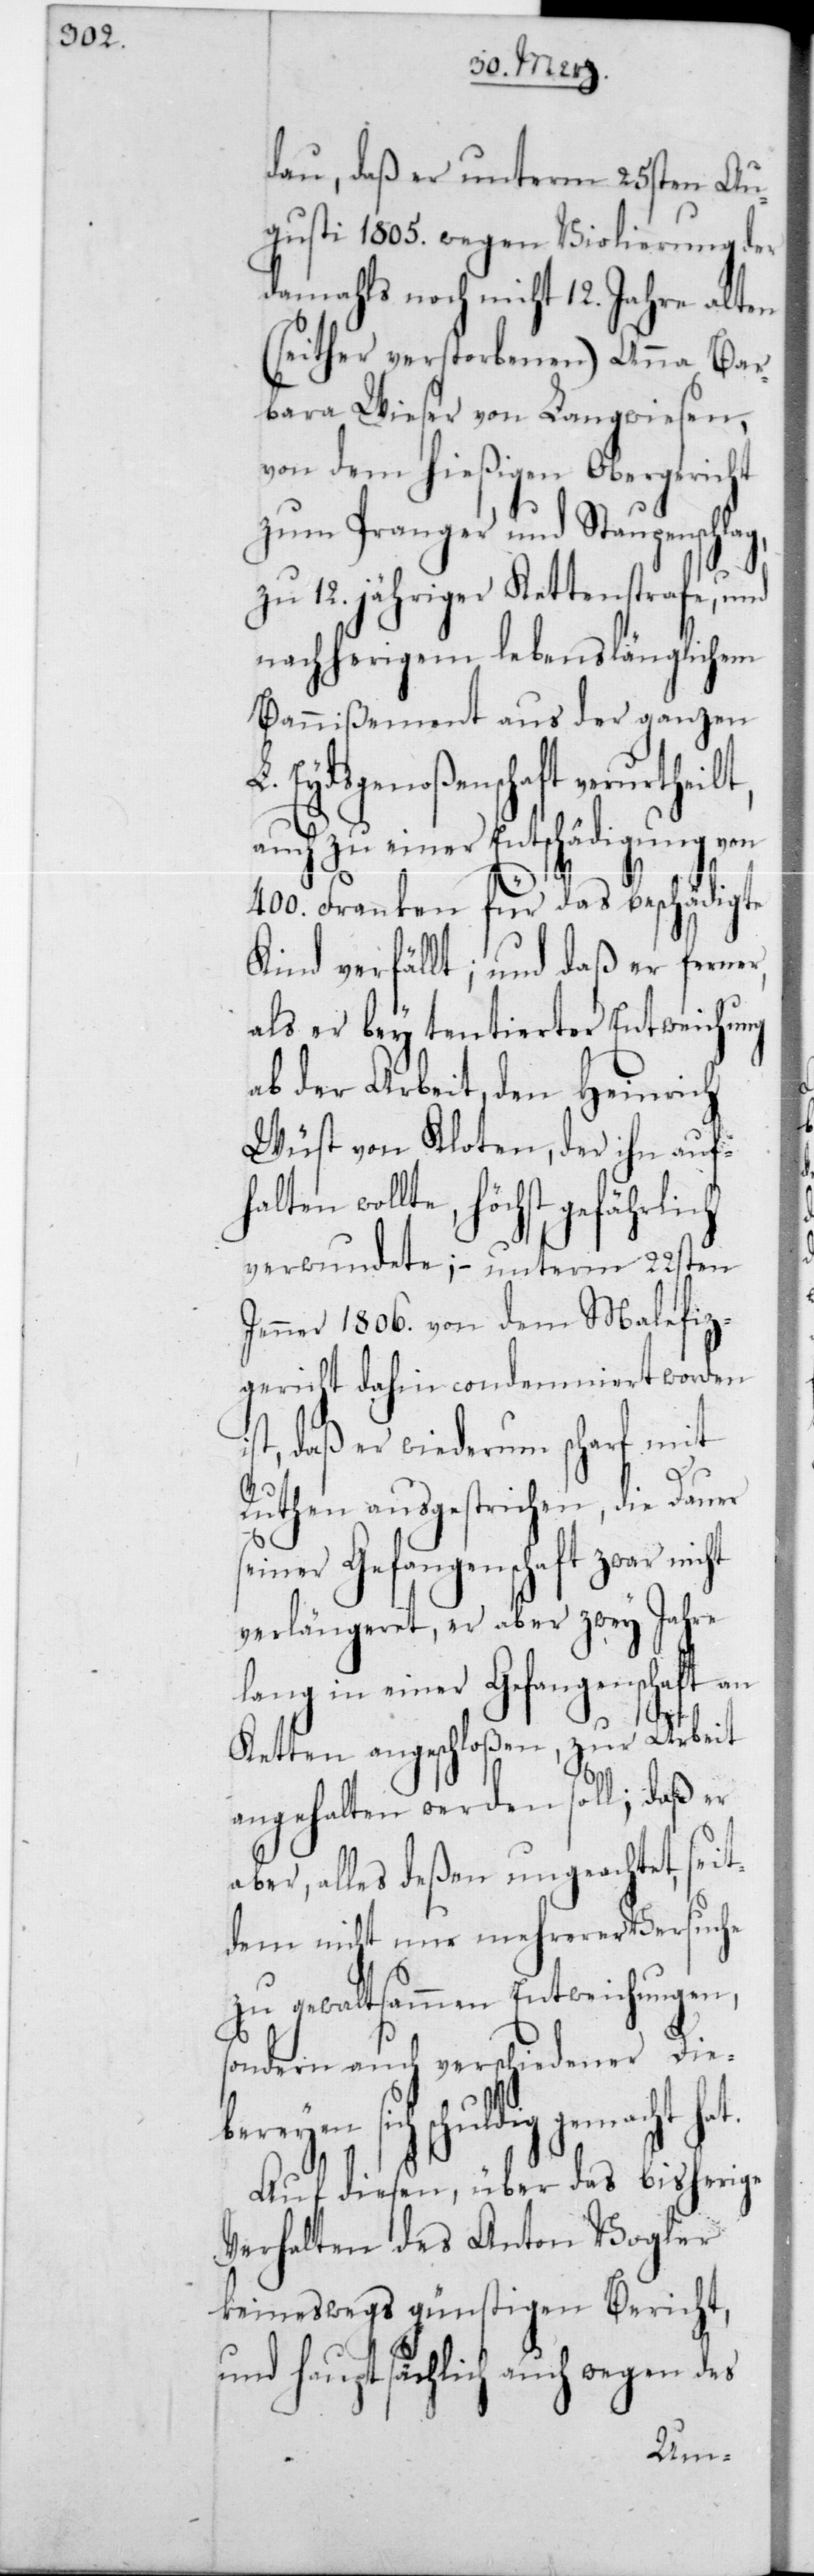
dau, daß er unterm 25sten Au¬
gusti 1805 wegen Violierung der
damahls noch nicht 12 Jahre alten
(seither verstorbenen) Anna Bar¬
bara Wieser von Langwiesen,
von dem hießigen Obergericht
zum Pranger und Staupenschl¬
zu 12 jähriger Kettenstrafe, und
nachherigem lebenslänglichem
Bannißement aus der ganzen
Eydsgenoßenschaft verurthei¬
auch zu einer Entschädigung von
i¬
400 Franken für das beschädigte
Kind verfällt; und daß er ferner,
als er bey tentierter Entweichung
ab der Arbeit, den Heinrich
Wüst von Kloten, der ihn auf¬
halten wollte, höchst gefährlich
verwundete; – unterm 22sten
Jenner 1806 von dem Malefiz¬
gericht dahin condemniert worden
st, daß er wiederum scharf mit
Ruthen ausgestrichen, die Dauer
seiner Gefangenschaft zwar nicht
verlängeret, er aber zwey Jahre
lang in einer Gefangenschaft an
Ketten angeschloßen, zur Arbeit
angehalten werden soll; daß er
aber, alles deßen ungeachtet, seit¬
dem nicht nur mehrerer Versuche
zu gewaltsammen Entweichungen,
sondern auch verschiedener Die¬
emacht hat.
Auf diesen, über das bisherige
Verhalten des Anton Vogler
keineswegs günstigen Bericht,
und hauptsächlich auch wegen des